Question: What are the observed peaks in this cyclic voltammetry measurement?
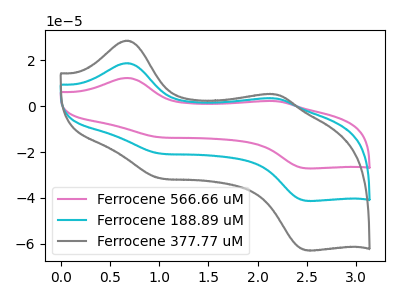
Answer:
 <answer>The pink curve "Ferrocene 566.66 uM" has anodic peaks at (0.65V, 37.55uA) (2.20V, 6.85uA) and cathodic peaks at (1.00V, -41.20uA) (2.50V, -82.65uA). The cyan curve "Ferrocene 188.89 uM" has anodic peaks at (0.65V, 18.80uA) (2.20V, 3.40uA) and cathodic peaks at (1.00V, -20.60uA) (2.50V, -41.30uA). The gray curve "Ferrocene 377.77 uM" has anodic peaks at (0.65V, 28.60uA) (2.20V, 5.20uA) and cathodic peaks at (1.00V, -31.40uA) (2.50V, -62.90uA).</answer>
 <eval></eval>